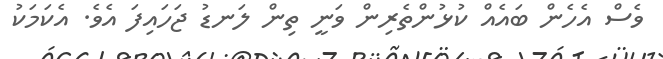
ވެސް އެހެން ބައެއް ކުޅުންތެރިން ވަނީ ތިން ލަނޑު ޖަހައިފަ އެވެ. އެކަމަކު